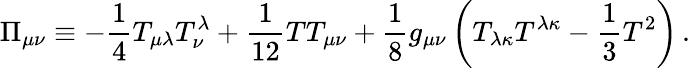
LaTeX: \Pi_{\mu\nu}\equiv-{\frac{1}{4}}T_{\mu\lambda}T_{\nu}^{\lambda}+{\frac{1}{12}}TT_{\mu\nu}+{\frac{1}{8}}g_{\mu\nu}\left(T_{\lambda\kappa}T^{\lambda\kappa}-{\frac{1}{3}}T^{2}\right)\, .